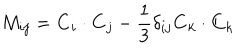
M _ { i j } = { \bf C } _ { i } \cdot { \bf C } _ { j } - { \frac { 1 } { 3 } } \delta _ { i j } { \bf C } _ { k } \cdot { \bf C } _ { k }